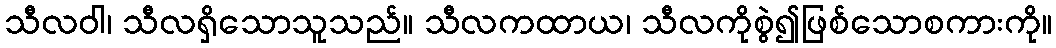
သီလဝါ၊ သီလရှိသောသူသည်။ သီလကထာယ၊ သီလကိုစွဲ၍ဖြစ်သောစကားကို။